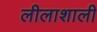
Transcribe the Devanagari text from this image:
लीलाशाली